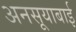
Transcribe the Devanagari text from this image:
अनसूयाबाई